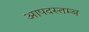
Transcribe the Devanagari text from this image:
आपदस्तम्ब